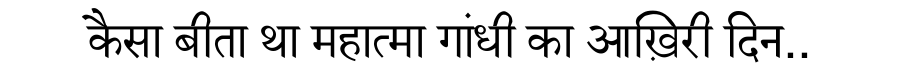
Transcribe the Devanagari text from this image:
कैसा बीता था महात्मा गांधी का आख़िरी दिन..